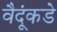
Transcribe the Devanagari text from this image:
वैदूंकडे